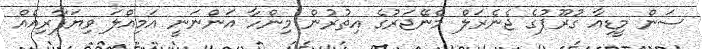
ސަން މީޑިއާ ގުރޫޕުގެ ޖެނެރަލް މެނޭޖަރުގެ އިތުރުން މިންހާ އަންނަނީ އަމިއްލަ ވިޔަފާރިއެއް